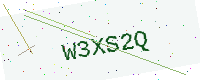
Text: W3XS2Q